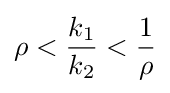
\rho <{\frac {k_{1}}{k_{2}}}<{\frac {1}{\rho }}